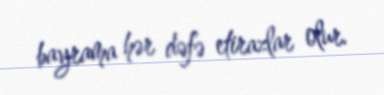
bayrama hər dəfə etirazlar olur.